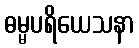
ဓမ္မပရိယေသနာ